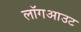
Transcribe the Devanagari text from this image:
लॉगआउट